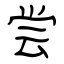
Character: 尝